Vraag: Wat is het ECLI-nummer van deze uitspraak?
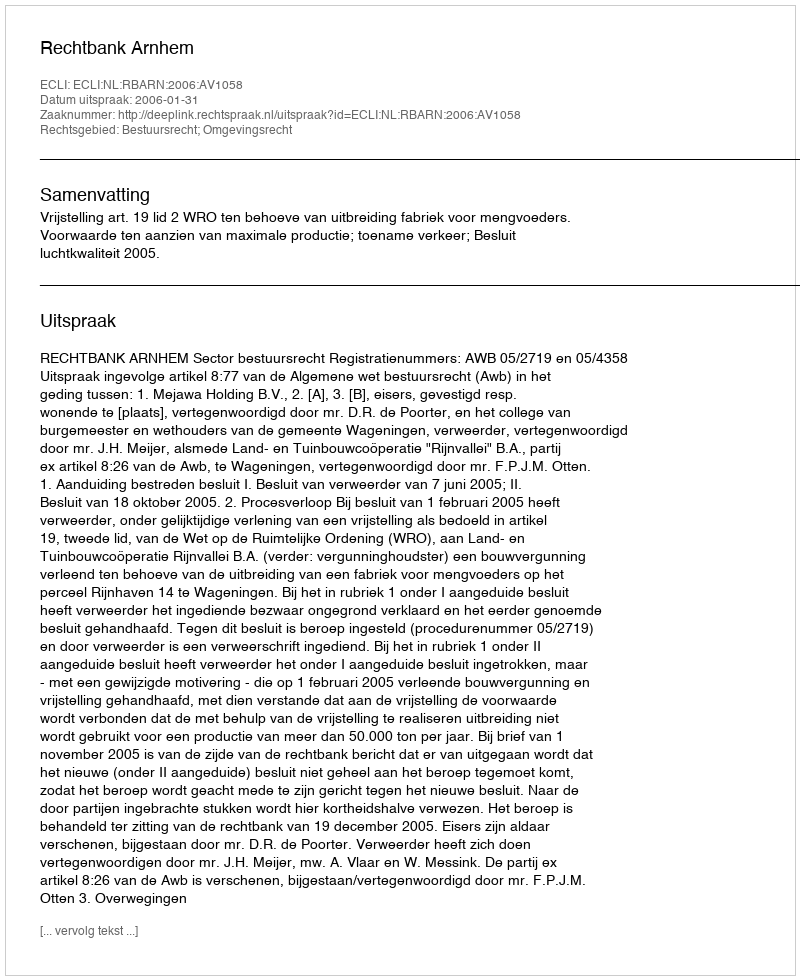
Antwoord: ECLI:NL:RBARN:2006:AV1058